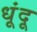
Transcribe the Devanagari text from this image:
धूंदू